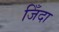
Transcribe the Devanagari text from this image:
जिँदा